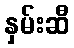
နှမ်းဆီ